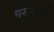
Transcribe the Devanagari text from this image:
मनमदुरई